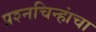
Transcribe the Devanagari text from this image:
प्रश्‍नचिन्हांचा